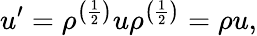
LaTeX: u^{\prime}=\rho^{\left({\frac{1}{2}}\right)}u\rho^{\left({\frac{1}{2}}\right)}=\rho u,